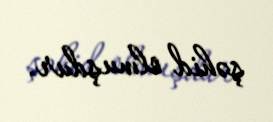
şəhid olmuşdur.